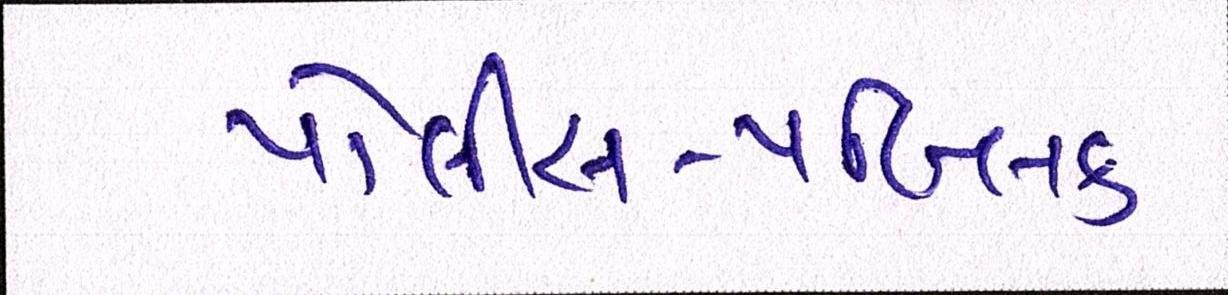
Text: પોલીસ-પબ્લિક